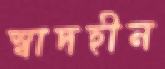
স্বাদহীন